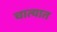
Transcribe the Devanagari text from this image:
चात्यात